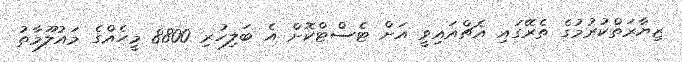
ޒިޔާރަތްކުރުމުގެ ތެރޭގައި އެޗްއައިވީ އަށް ޓެސްޓްކޮށް އެ ބަލިހުރި 8800 މީހެއްގެ މައުލޫމާތު